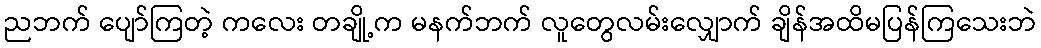
ညဘက် ပျော်ကြတဲ့ ကလေး တချို့က မနက်ဘက် လူတွေလမ်းလျှောက် ချိန်အထိမပြန်ကြသေးဘဲ